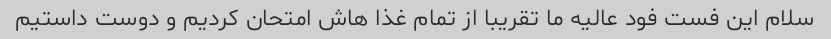
سلام این فست فود عالیه ما تقریبا از تمام غذا هاش امتحان کردیم و دوست داستیم